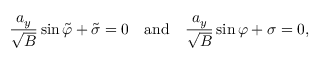
\frac { a _ { y } } { \sqrt B } \sin \tilde { \varphi } + \tilde { \sigma } = 0 \mathrm { \ \ \ a n d \ \ \ } \frac { a _ { y } } { \sqrt B } \sin \varphi + \sigma = 0 ,